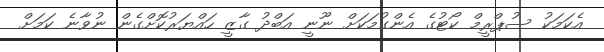
އެކަމަކު ސުޕްރީމް ކޯޓުގެ އެންގުމަކަށް ނޫނީ އަބްދު ގާޒީ ހައްޔަރުކޮށްގެން ނުވާނެ ކަމަށް